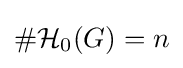
\#{\mathcal {H}}_{0}(G)=n